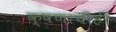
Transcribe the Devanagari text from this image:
क्षणाचीही